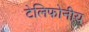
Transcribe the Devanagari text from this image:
टेलिफोनीय